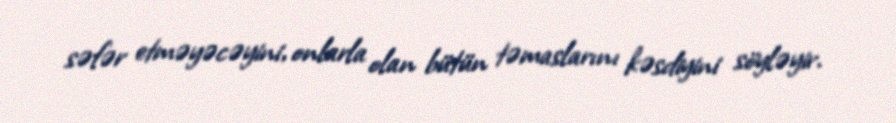
səfər etməyəcəyini, onlarla olan bütün təmaslarını kəsdiyini söyləyir.